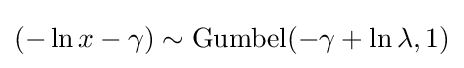
(-\ln x-\gamma )\sim {\text{Gumbel}}(-\gamma +\ln \lambda ,1)